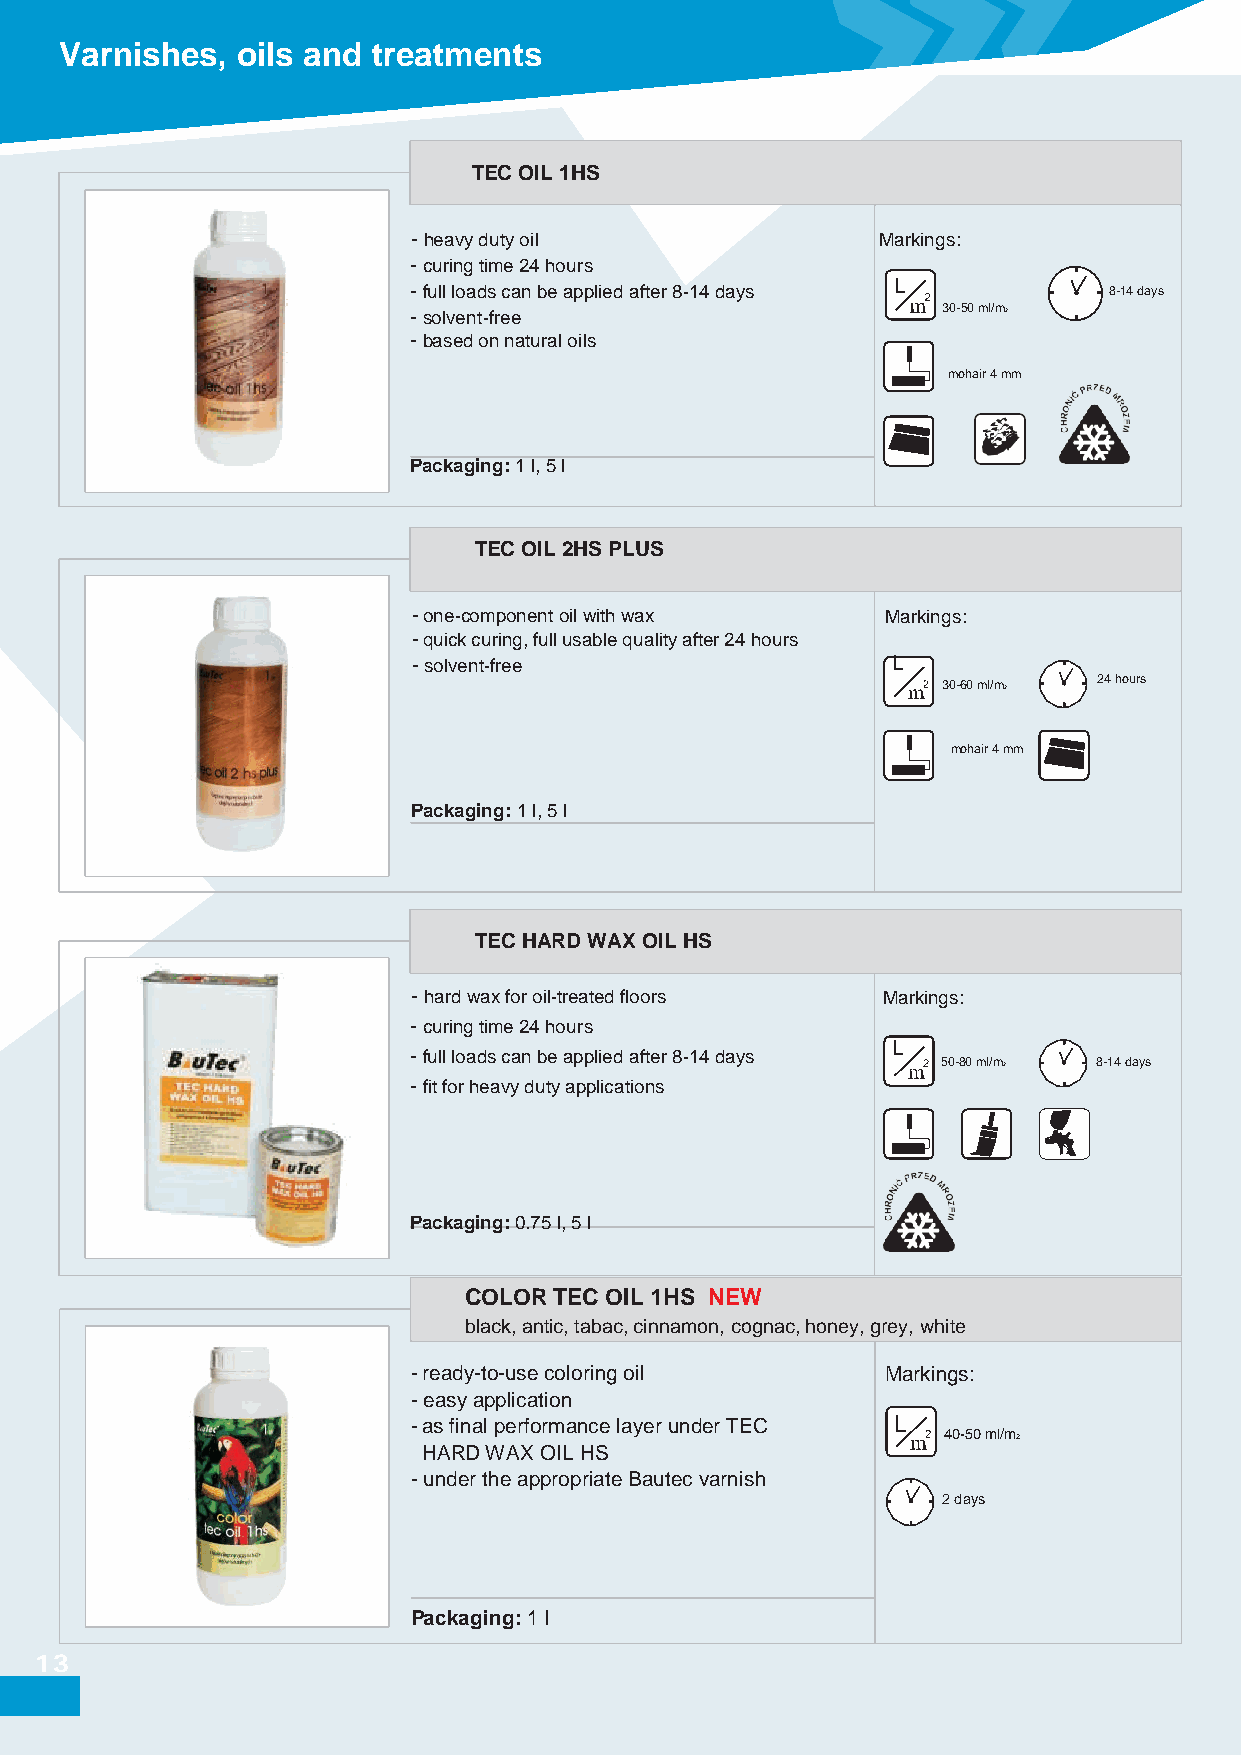
Varnishes,  oils and treatments
 TEC OIL 1HS
 -heavy duty oil                Markings:
 -curing time 24 hours
 -full loads can be applied after 8-14 days L  8-14 days
 -solvent-free                      30-50 ml/m2
 -based on natural oils
 mohair 4 mm
 Packaging: 1 l, 5 l
 TEC OIL 2HS PLUS
 - one-component oil with wax    Markings:
 -quick curing, full usable quality after 24 hours
 -solvent-free                   L
 30-60 ml/m2 24 hours
 mohair 4 mm
 Packaging: 1 l, 5 l
 TEC HARD WAX OIL HS
 -hard wax for oil-treated floors Markings:
 -curing time 24 hours
 L
 -full loads can be applied after 8-14 days
 50-80 ml/m2 8-14 days
 -fit for heavy duty applications
 Packaging: 0.75 l, 5 l
 COLOR TEC OIL 1HS NEW
 black, antic, tabac, cinnamon, cognac, honey, grey, white
 -ready-to-use coloring oil      Markings:
 -easy application
 -as final performance layer under TEC L
 40-50 ml/m2
 HARD WAX OIL HS
 -under the appropriate Bautec varnish
 2 days
 Packaging: 1 l
 13